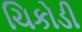
ચિકોડી